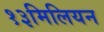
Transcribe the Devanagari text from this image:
१३मिलियन